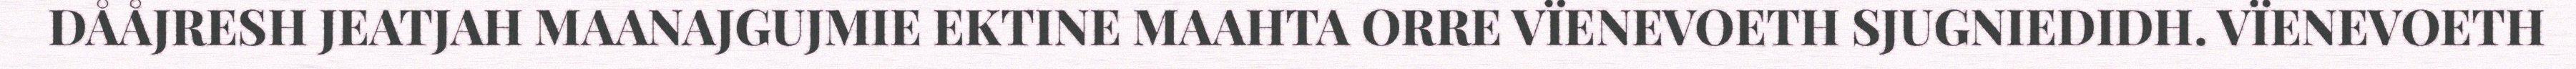
DÅÅJRESH JEATJAH MAANAJGUJMIE EKTINE MAAHTA ORRE VÏENEVOETH SJUGNIEDIDH. VÏENEVOETH